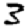
Digit: 3